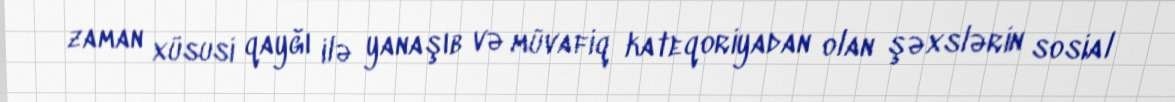
zaman xüsusi qayğı ilə yanaşıb və müvafiq kateqoriyadan olan şəxslərin sosial